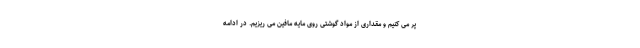
پر می کنیم و مقداری از مواد گوشتی روی مایه مافین می ریزیم. در ادامه